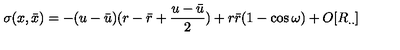
\sigma ( x , { \bar { x } } ) = - ( u - { \bar { u } } ) ( r - { \bar { r } } + \frac { u - { \bar { u } } } { 2 } ) + r { \bar { r } } ( 1 - \cos \omega ) + O [ R _ { . . } ]